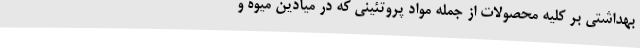
بهداشتی بر کلیه محصولات از جمله مواد پروتئینی که در میادین میوه و